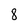
Character: 8